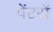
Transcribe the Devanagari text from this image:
पेंटरों